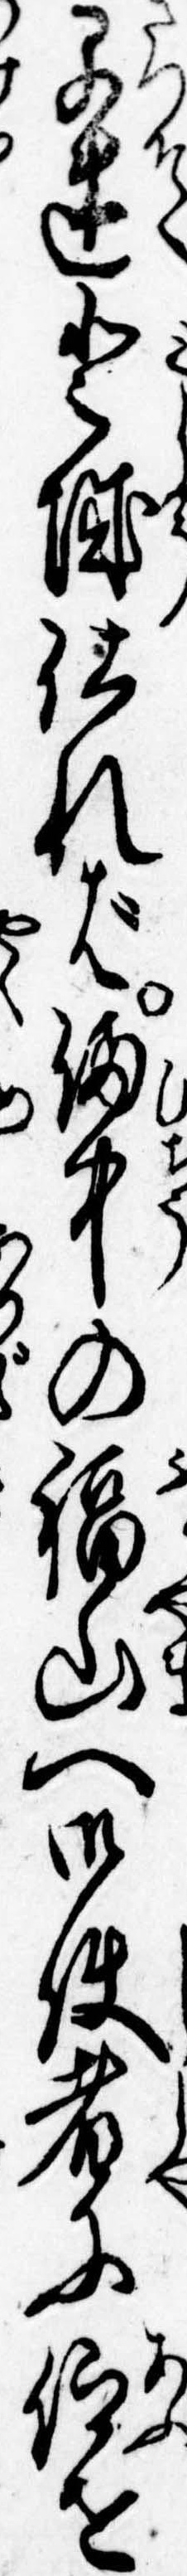
早速登城仕れば備中の福山へ御使者に仰せ